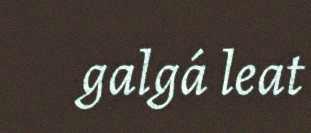
galgá leat